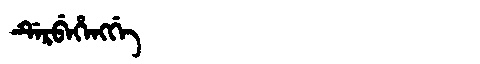
Manchu: ᡩᡝᡵᠪᡝᡥᡝᠩᡤᡝ
Romanization: DERBEHENGGE